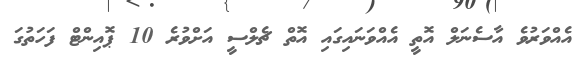
އެއްވަރުވެ އާސެނަލް އޮތީ އެއްވަނައިގައި އޮތް ޗެލްސީ އަށްވުރެ 10 ޕޮއިންޓް ފަހަތުގަ